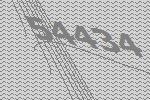
54434